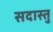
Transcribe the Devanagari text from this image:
सदास्तु